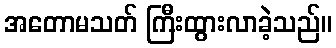
အတောမသတ် ကြီးထွားလာခဲ့သည်။